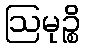
ဩမုဉ္စိ